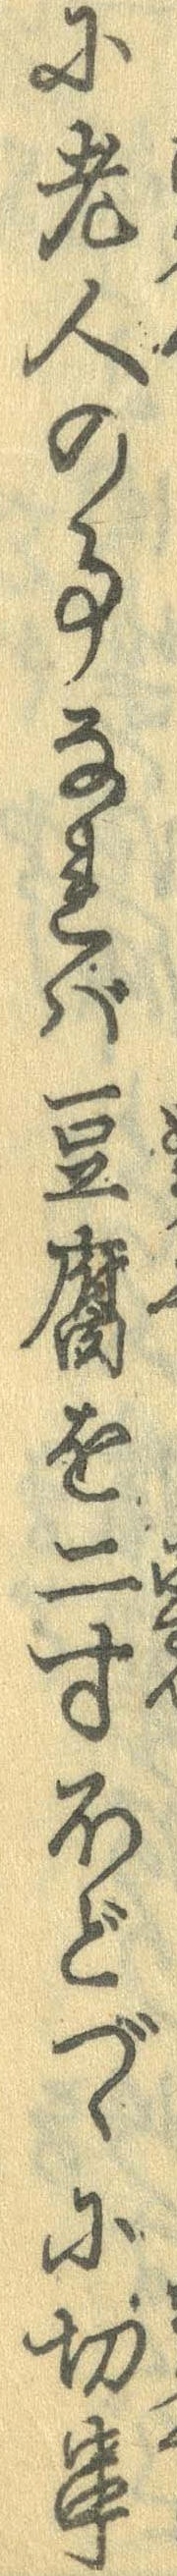
に老人の事なれば豆腐を二寸ほどづゝに切串